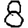
Digit: 8